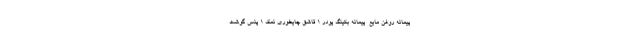
پیمانه روغن مایع  پیمانه بکینگ پودر ۱ قاشق چایخوری نمک ۱ پنس گوشت